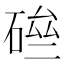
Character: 𥓗